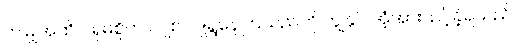
ဤမျှအထိ ဂရုမစိုက် လျစ်လျူရွနေကြသည်ကို ကျွန်ုပ် အံ့အားသင့်ခဲ့ရသည်။